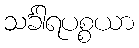
သင်္ခါရပစ္စယာ